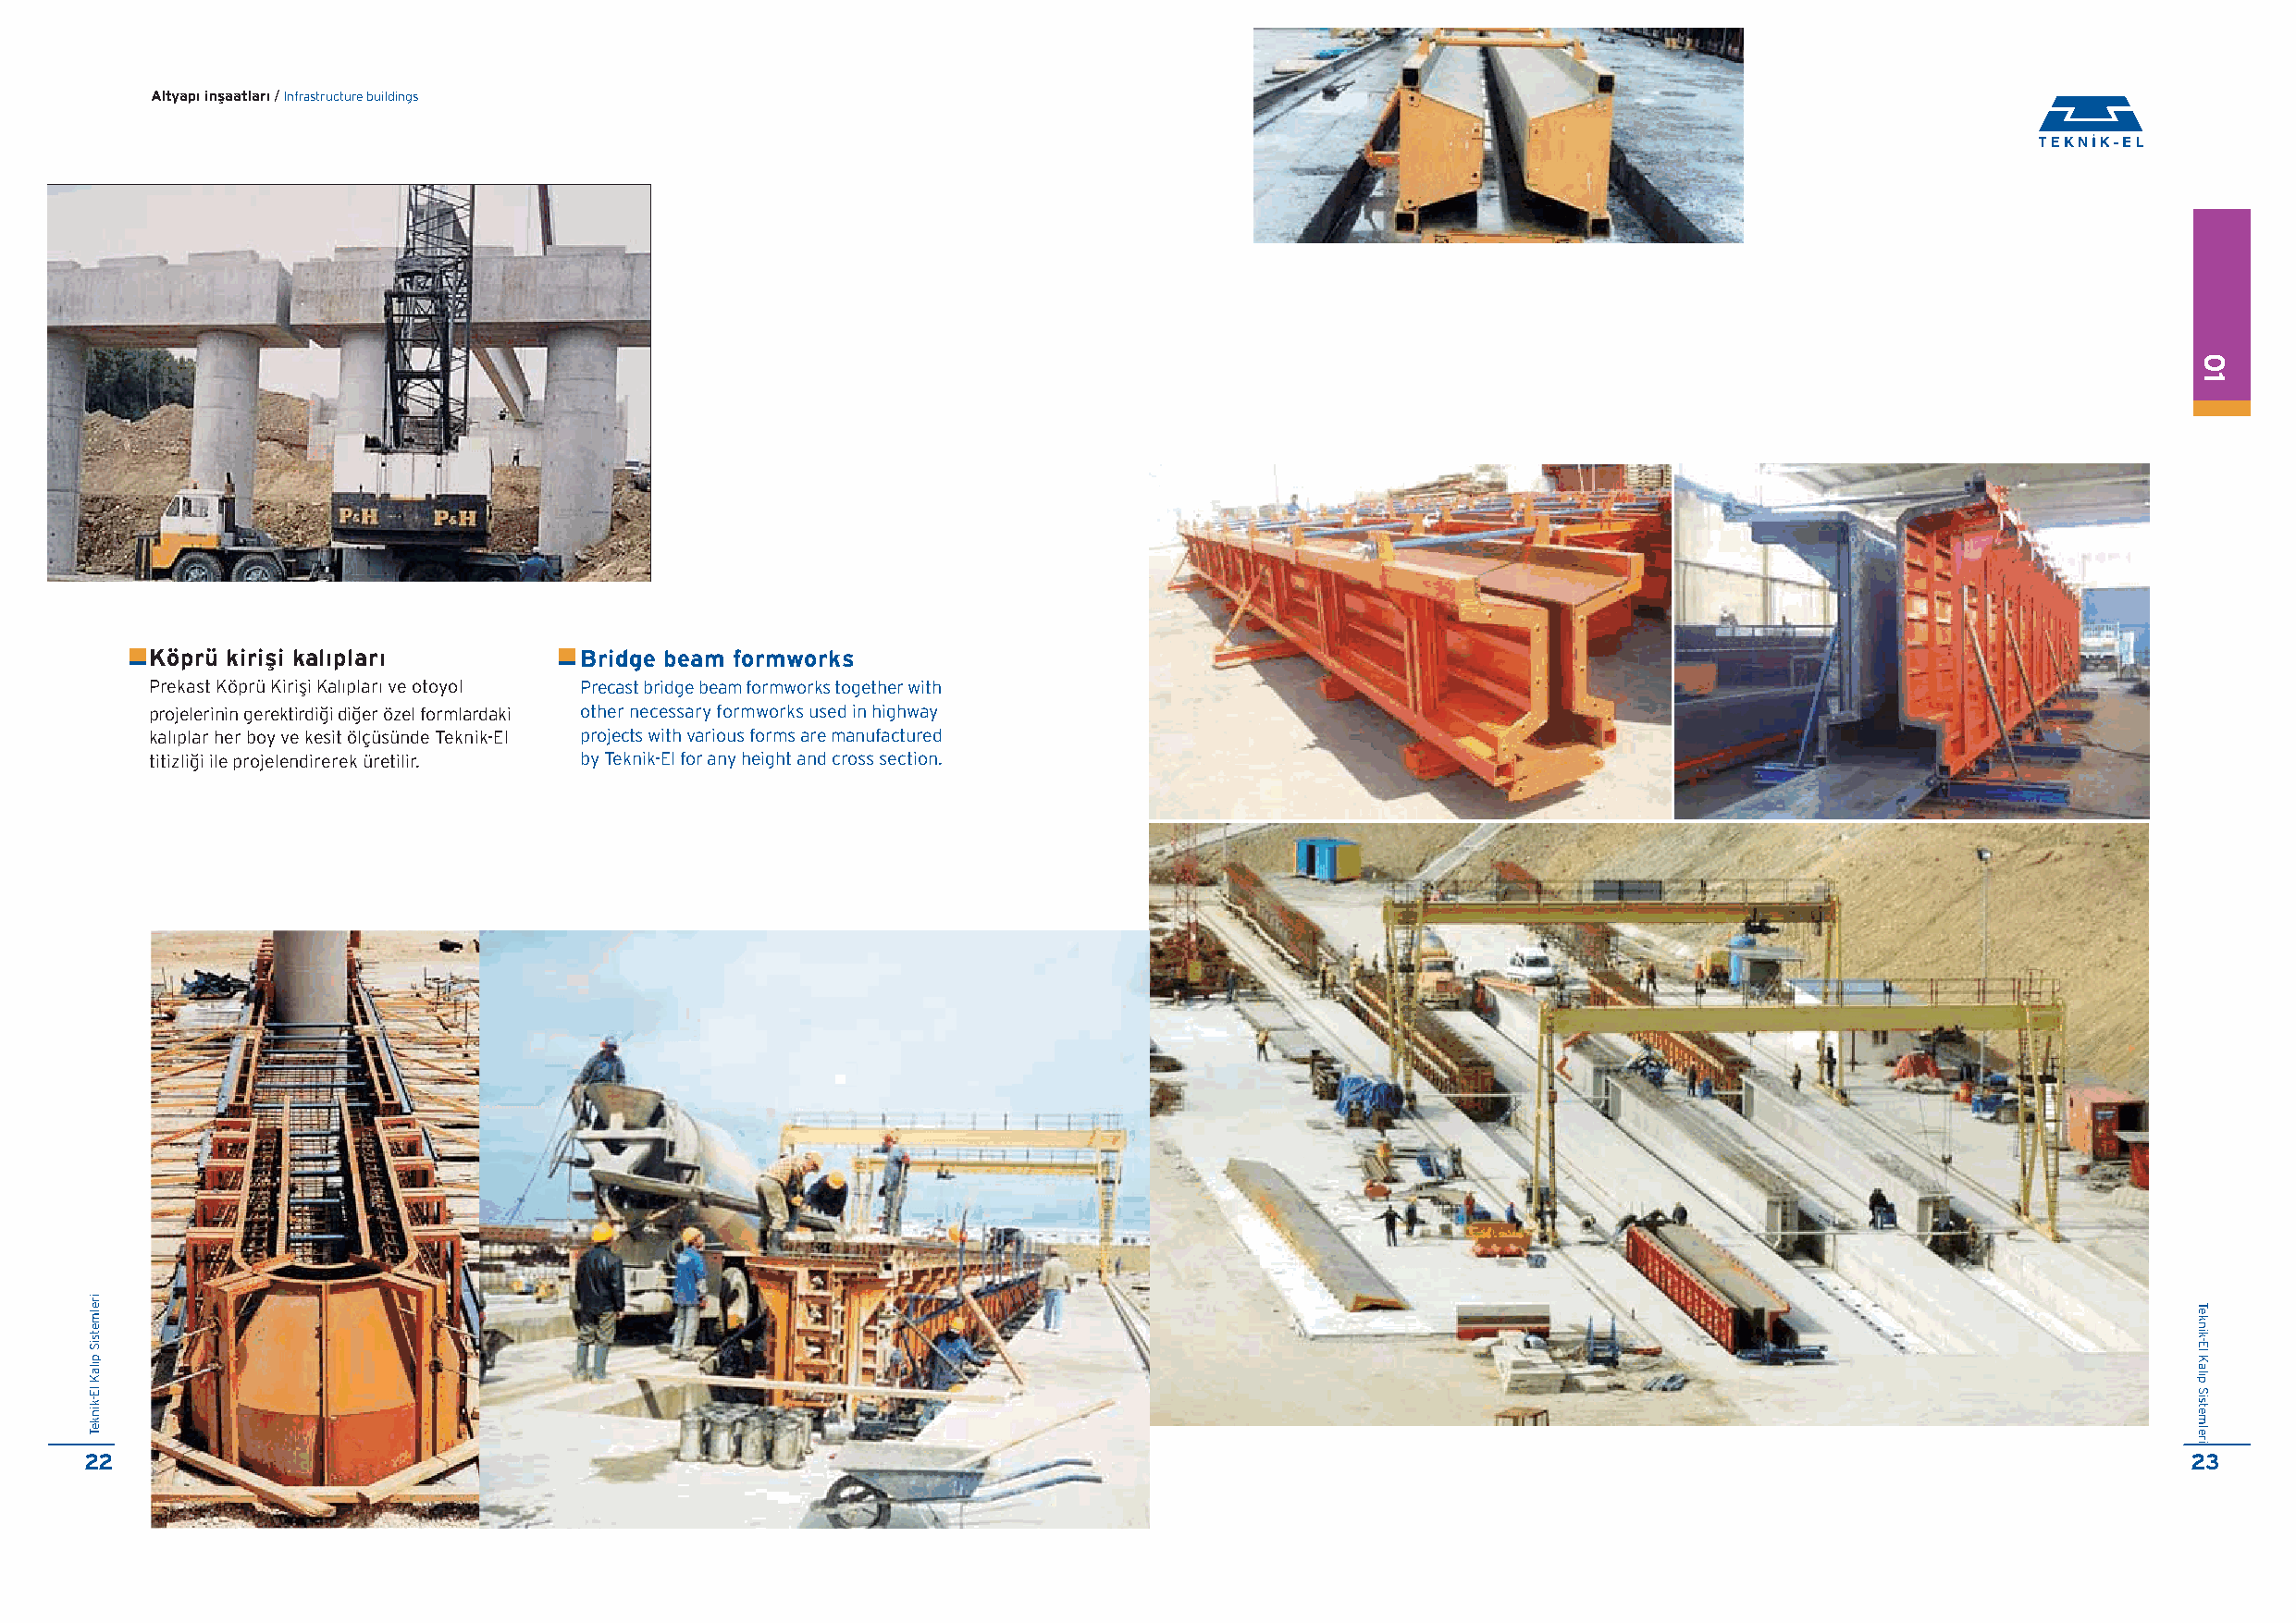
Altyap› inflaatlar› / Infrastructure buildings
 22                                                                                                                                                     23
 irelmetsiS
 p›laK
 lE-kinkeT
 K
 P
 pkt
 ö p r ü k i r i fl i k a l › p l a
 r e k a s t K ö p r ü K ir ifl i K a lıp la
 r o je le r in in g e r e k t ir d i¤ i d i¤ ea
 lıp la r h e r b o y v e k e s it ö lçit
 iz li¤ i ile p r o je le n d ir e r e k ü
 r
 r
 rür
 ›
 ı v e o t o y o
 ö z e l f o r ms
 ü n d e T ee
 t ilir.
 l
 lak
 n
 r dik a k-
 E
 il
 B
 Popb
 r i d g e b e a m f o r
 r e c a s t b r id g e b e a m f ot
 h e r n e c e s s a r y f o r m wr
 o je c t s w it h v a r io u s f oy
 T e k n ik -E l f o r a n y h e
 m w o r k s
 r m w o r k s t o g e t h eo
 r k s u s e d in h igr
 m s a r e m a n u fa cig
 h t a n d c r o s s s e
 r w it hh
 w a yt
 u r e dc
 t io n .
 01
 Teknik-El
 Kal›p
 Sistemleri